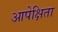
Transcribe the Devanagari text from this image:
आपेक्षिता